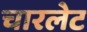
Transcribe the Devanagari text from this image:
चारलेट